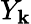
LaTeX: Y_{\mathbf{k}}